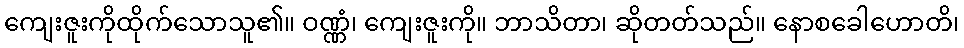
ကျေးဇူးကိုထိုက်သောသူ၏။ ဝဏ္ဏံ၊ ကျေးဇူးကို။ ဘာသိတာ၊ ဆိုတတ်သည်။ နောစခေါဟောတိ၊